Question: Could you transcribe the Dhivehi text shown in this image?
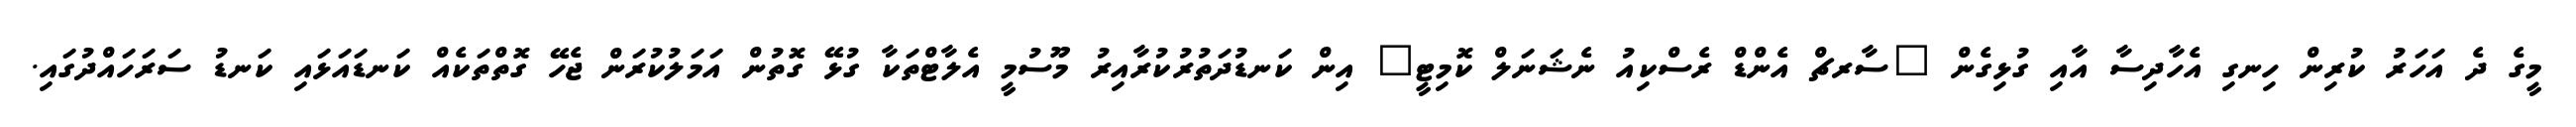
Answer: މީގެ ދެ އަހަރު ކުރިން ހިނގި އެހާދިސާ އާއި ގުޅިގެން "ސާރޗް އެންޑް ރެސްކިއު ނެޝަނަލް ކޮމިޓީ" އިން ކަނޑުދަތުރުކުރާއިރު މޫސުމީ އެލާޓްތަކާ ގުޅޭ ގޮތުން އަމަލުކުރަން ޖެހޭ ގޮތްތަކެއް ކަނޑައަޅައި ކަނޑު ސަރަހައްދުގައި.